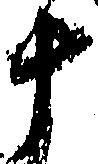
十